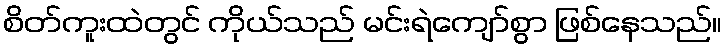
စိတ်ကူးထဲတွင် ကိုယ်သည် မင်းရဲကျော်စွာ ဖြစ်နေသည်။